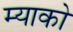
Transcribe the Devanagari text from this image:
म्याको